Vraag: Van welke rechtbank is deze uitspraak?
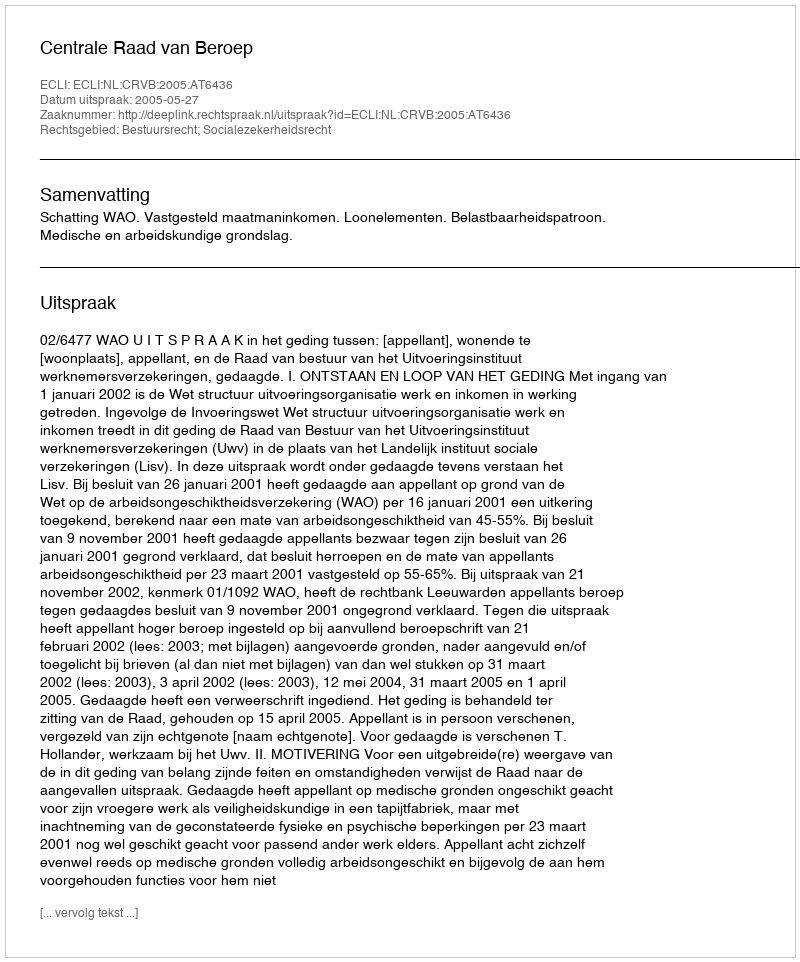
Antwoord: Centrale Raad van Beroep